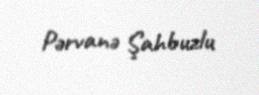
Pərvanə Şahbuzlu